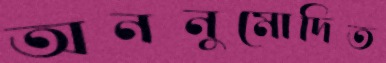
অননুমোদিত